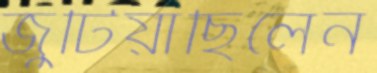
জুটিয়াছিলেন